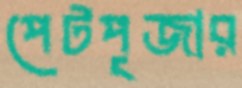
পেটপূজার